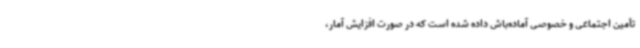
تأمین اجتماعی و خصوصی آماده‌باش داده‌ شده است که در صورت افزایش آمار،